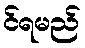
င်ရမည်